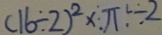
( 1 6 \div 2 ) ^ { 2 } \times \pi \div 2